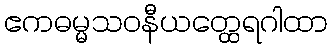
ဧကဓမ္မသဝနီယတ္ထေရဂါထာ